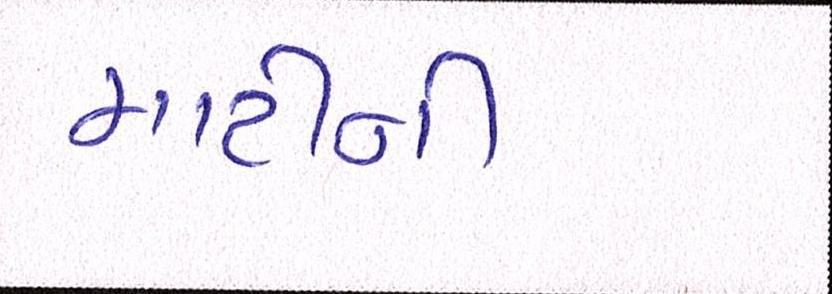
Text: માટીની